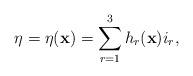
LaTeX: \begin{align*}\eta = \eta({\bf x}) = \sum_{r=1}^3 h_r ({\bf x})i_r ,\end{align*}